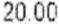
20.00